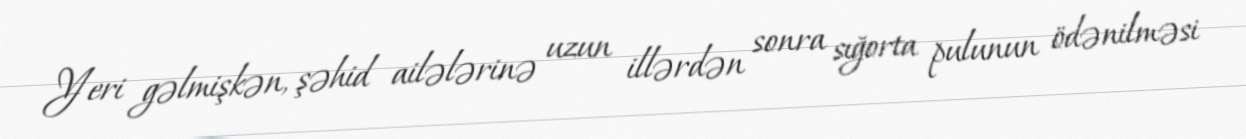
Yeri gəlmişkən, şəhid ailələrinə uzun illərdən sonra sığorta pulunun ödənilməsi